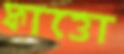
ফাত্তো